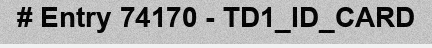
# Entry 74170 - TD1_ID_CARD